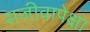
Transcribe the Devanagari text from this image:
सजीवापेक्षा